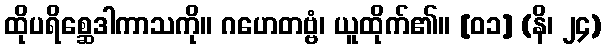
ထိုပရိစ္ဆေဒါကာသကို။ ဂဟေတဗ္ဗံ၊ ယူထိုက်၏။ [၀၁] (နိ၊ ၂၄)